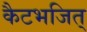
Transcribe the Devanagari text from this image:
कैटभजित्